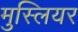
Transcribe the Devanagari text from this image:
मुस्लियर